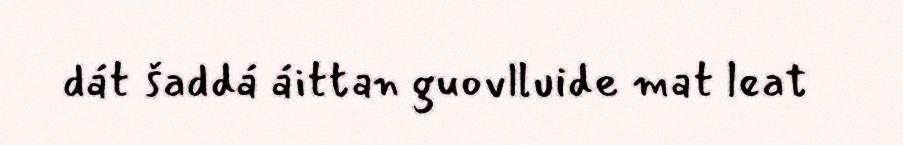
dát šaddá áittan guovlluide mat leat